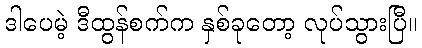
ဒါပေမဲ့ ဒီထွန်စက်က နှစ်ခုတော့ လုပ်သွားပြီ။